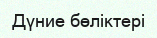
Дүние бөліктері